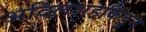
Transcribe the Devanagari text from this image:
अदिलशहाकडुन